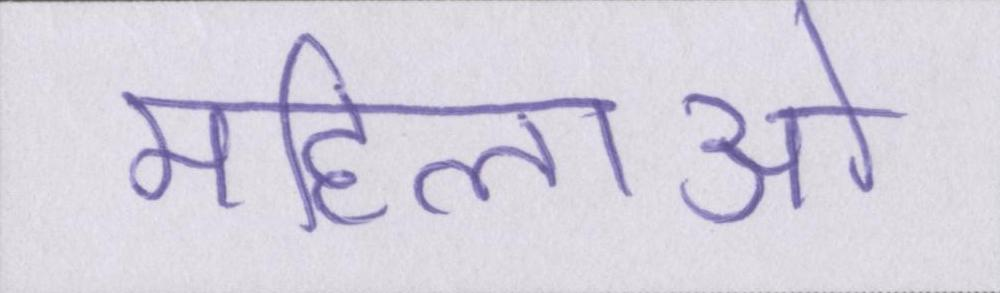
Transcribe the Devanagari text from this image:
महिलाओ